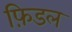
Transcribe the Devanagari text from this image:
फ़िडल